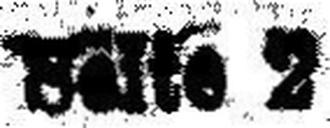
Seite 2